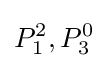
P_{1}^{2},P_{3}^{0}